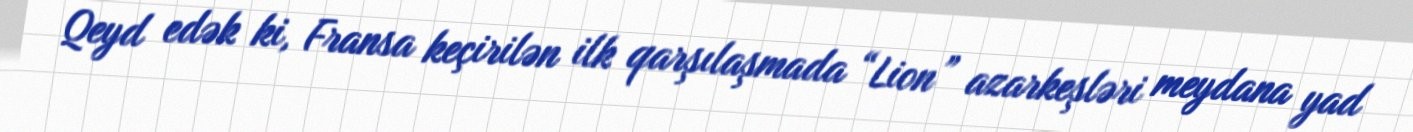
Qeyd edək ki, Fransa keçirilən ilk qarşılaşmada “Lion” azarkeşləri meydana yad